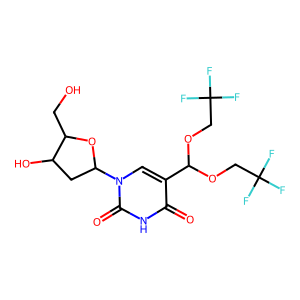
SMILES: O=c1[nH]c(=O)n(C2CC(O)C(CO)O2)cc1C(OCC(F)(F)F)OCC(F)(F)F
Inhibits HIV replication: No